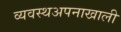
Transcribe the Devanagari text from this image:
व्यवस्थअपनाखाली